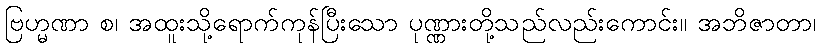
ဗြဟ္မဏာ စ၊ အထူးသို့ရောက်ကုန်ပြီးသော ပုဏ္ဏားတို့သည်လည်းကောင်း။ အဘိဇာတာ၊